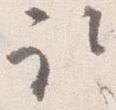
取